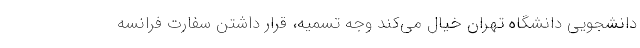
دانشجویی دانشگاه تهران خیال می‌کند وجه تسمیه، قرار داشتن سفارت فرانسه